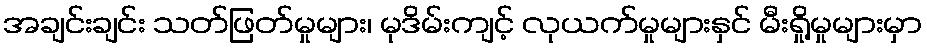
အချင်းချင်း သတ်ဖြတ်မှုများ၊ မုဒိမ်းကျင့် လုယက်မှုများနှင် မီးရှို့မှုများမှာ